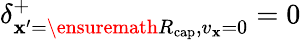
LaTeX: \delta_{\mathbf{x}^{\prime}=\ensuremath{{R_{\mathrm{{cap}}}}},v_{\mathbf{x}}=0}^{+}=0